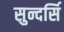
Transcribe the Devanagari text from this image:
सुन्दर्सि